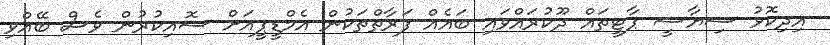
އިދިކޮޅު ސިޔާސީ ޕާޓީތައް ދޫކުރައްވައި ބައެއް ފަރާތްތަކުން އެމްޑީޕީއަށް ސޮއިކުރުން ވެސް ބޭއްވި